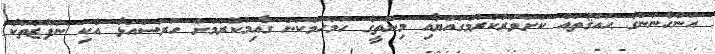
އަންހެނުންގެ ޙައްޤުތައް ކަށަވަރުކުރުމުގައްޔާއި މިންތީގެ ހަމަހަމަކަން ގާއިމުކުރުމަށް ހުރަސްއަޅާ އެކި ނުފޫޒުތަކާ